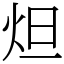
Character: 炟